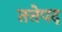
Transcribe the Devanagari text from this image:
तत्तेपद